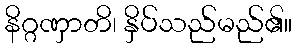
နိဂ္ဂဏှာတိ၊ နှိပ်သည်မည်၏။